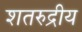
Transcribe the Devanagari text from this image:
शतरुद्रीय